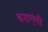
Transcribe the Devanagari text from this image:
बनाएंगी